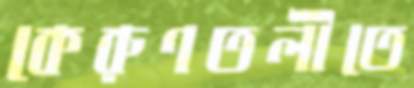
কেরুণতলীতে